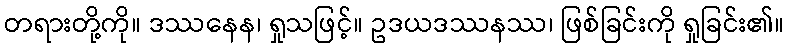
တရားတို့ကို။ ဒဿနေန၊ ရှုသဖြင့်။ ဥဒယဒဿနဿ၊ ဖြစ်ခြင်းကို ရှုခြင်း၏။